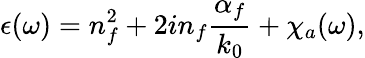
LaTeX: \epsilon(\omega)=n_{f}^{2}+2in_{f}\frac{\alpha_{f}}{k_{0}}+\chi_{a}(\omega),